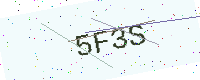
Text: 5F3S